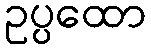
ဥပ္ပထော